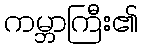
ကမ္ဘာကြီး၏